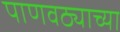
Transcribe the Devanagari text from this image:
पाणवठ्याच्या